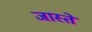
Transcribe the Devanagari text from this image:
जास्ते